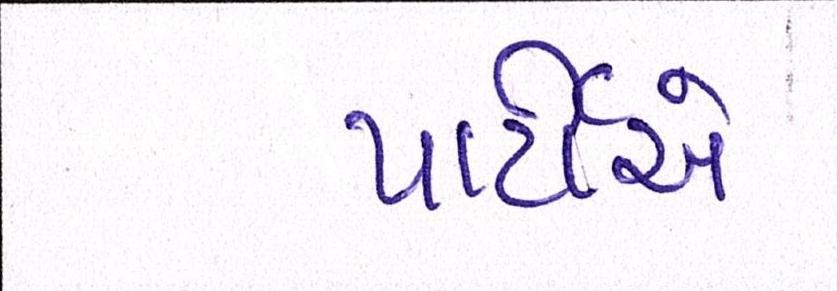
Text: પાર્ટીએ